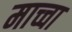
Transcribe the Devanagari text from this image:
माच्चा